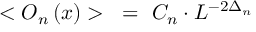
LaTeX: < O _ { n } \left( x \right) > ~ = ~ C _ { n } \cdot { L ^ { - 2 \Delta _ { n } } }